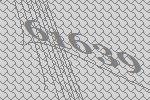
61639